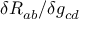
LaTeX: \delta R _ { a b } / \delta g _ { c d }